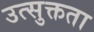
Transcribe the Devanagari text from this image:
उत्सुक्तता